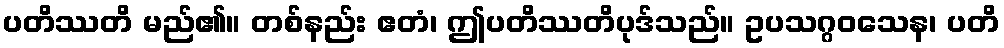
ပတိဿတိ မည်၏။ တစ်နည်း ဧတံ၊ ဤပတိဿတိပုဒ်သည်။ ဥပသဂ္ဂဝသေန၊ ပတိ